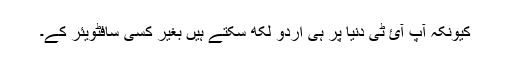
کیونکہ آپ آئ ٹی دنیا پر ہی اردو لکھ سکتے ہیں بغیر کسی سافٹویئر کے۔